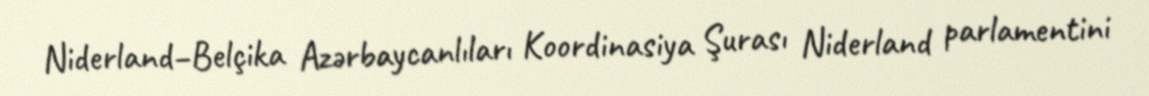
Niderland–Belçika Azərbaycanlıları Koordinasiya Şurası Niderland parlamentini